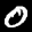
Label: 0